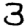
Digit: 3